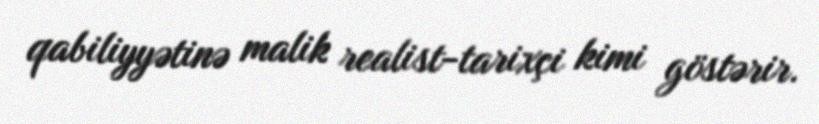
qabiliyyətinə malik realist-tarixçi kimi göstərir.